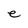
Character: e